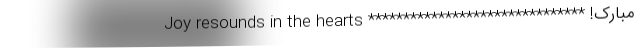
مبارک! ******************************* Joy resounds in the hearts